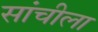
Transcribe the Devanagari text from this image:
सांचीला